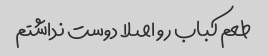
طعم کباب رو اصلا دوست نداشتم